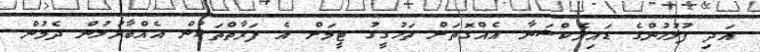
އަދި ފުލުހުންގެ ޑައިރެކްޝަނާ އެއްގޮތަށް ތަހުގީގު ޓީމަށް އެ ފަރާތްތަކުން އެއްބާރުލުން ދެމުން